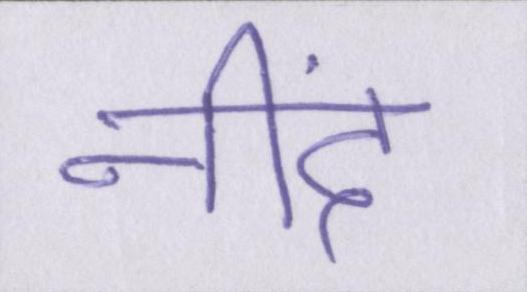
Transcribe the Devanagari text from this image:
नींद